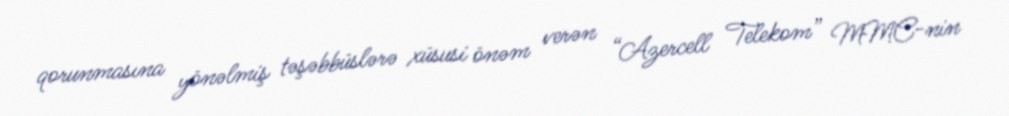
qorunmasına yönəlmiş təşəbbüslərə xüsusi önəm verən “Azercell Telekom” MMC-nin